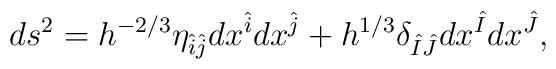
ds^2 = h^{-2/3} \eta_{\hat{i} \hat{j} }dx^{\hat{i}} dx^{\hat{j}} + h^{1/3}\delta_{\hat{I} \hat{J} } dx^{\hat{I}} dx^{\hat{J}} ,